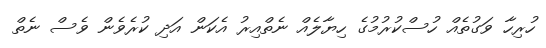
ހުރިހާ ވަގުތެއް ހުސްކުރުމުގެ ހިޔާލެއް ނެތްއިރު އެކަން އަދި ކުރެވެން ވެސް ނެތް